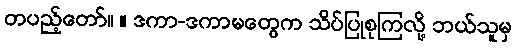
တပည့်တော်။ ။ ဒကာ-ဒကာမတွေက သိပ်ပြုစုကြလို့ ဘယ်သူမှ